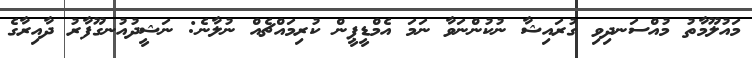
މައުލޫމާތު މުއްސަނދިވި ގުރައިޝާ ނުކުންނަވާ ނަމަ އެމްޑީޕީން ކުރިމައްޗެއް ނުލާނެ: ނަޝީދުއުނގޫފާރު ދާއިރާގެ